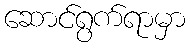
ဆောင်ရွက်ရာမှာ